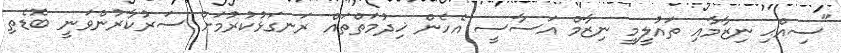
"ސިއްޙި ނިޒާމާއި ތައުލީމީ ނިޒާމް އަސާސީ އެެހެން ޚިދުމަތްތައް ރަނގަޅުކުރުމަށް ސަރުކާރުންވަނީ ބޮޑެތި